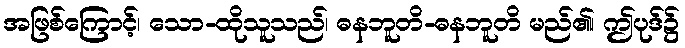
အဖြစ်ကြောင့်၊ သော-ထိုသူသည်၊ ဓနဘူတိ-ဓနဘူတိ မည်၏၊ ဤပုဒ်၌